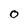
Character: 0